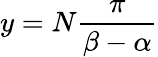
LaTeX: {y=N{\frac{\pi}{\beta-\alpha}}}